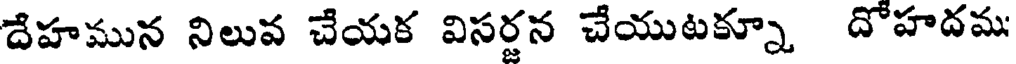
దేహమున నిలువ చేయక విసర్జన చేయుటక్నూ దోహదమ